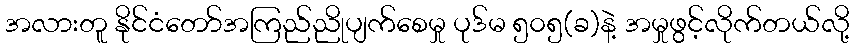
အလားတူ နိုင်ငံတော်အကြည်ညိုပျက်စေမှု ပုဒ်မ ၅၀၅(ခ)နဲ့ အမှုဖွင့်လိုက်တယ်လို့